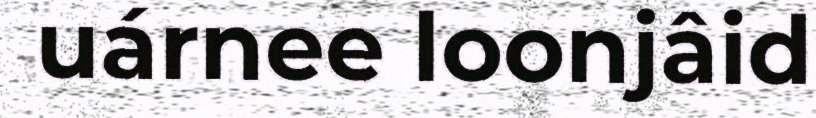
uárnee loonjâid